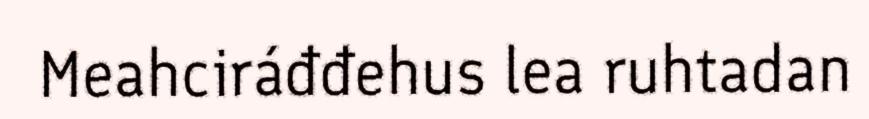
Meahciráđđehus lea ruhtadan